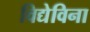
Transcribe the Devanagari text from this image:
विद्येविना